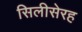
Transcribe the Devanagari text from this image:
सिलीसेरह